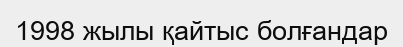
1998 жылы қайтыс болғандар